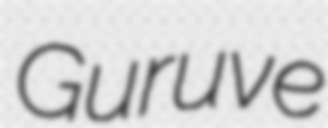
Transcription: Guruve